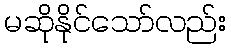
မဆိုနိုင်သော်လည်း